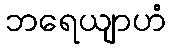
ဘရေယျာဟံ